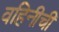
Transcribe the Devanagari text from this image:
वहिनीची